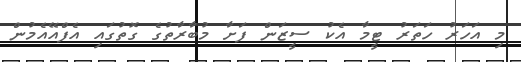
މި އަހަރު ހަތަރު ޓީމާ އެކު ސީޒަން ފަށާ މުބާރާތުގެ ގޮތުގައި އެފްއޭއެމުން